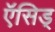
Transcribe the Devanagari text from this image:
ऍसिड्